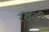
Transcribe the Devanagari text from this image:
रशदी